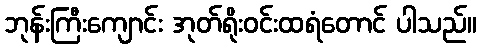
ဘုန်းကြီးကျောင်း အုတ်ရိုးဝင်းထရံတောင် ပါသည်။